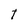
Character: t